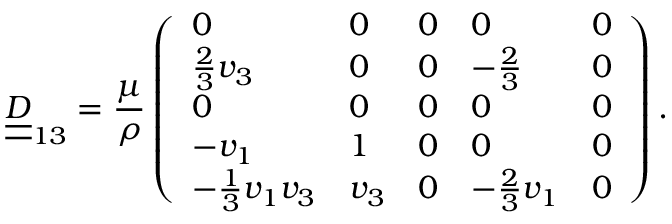
\underline { { \underline { { D } } } } _ { 1 3 } = \frac { \mu } { \rho } \left( \begin{array} { l l l l l } { 0 } & { 0 } & { 0 } & { 0 } & { 0 } \\ { \frac { 2 } { 3 } v _ { 3 } } & { 0 } & { 0 } & { - \frac { 2 } { 3 } } & { 0 } \\ { 0 } & { 0 } & { 0 } & { 0 } & { 0 } \\ { - v _ { 1 } } & { 1 } & { 0 } & { 0 } & { 0 } \\ { - \frac { 1 } { 3 } v _ { 1 } v _ { 3 } } & { v _ { 3 } } & { 0 } & { - \frac { 2 } { 3 } v _ { 1 } } & { 0 } \end{array} \right) .